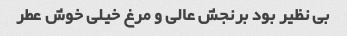
بی نظیر بود برنجش عالی و مرغ خیلی خوش عطر